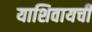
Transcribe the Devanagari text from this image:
याशिवायची